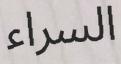
السراء